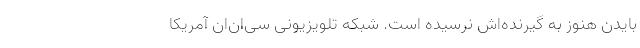
بایدن هنوز به گیرنده‌اش نرسیده است. شبکه تلویزیونی سی‌ان‌ان آمریکا